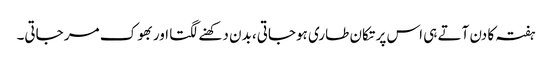
ہفتہ کا دن آتے ہی اس پر تکان طاری ہوجاتی، بدن دکھنے لگتا اور بھوک مر جاتی۔